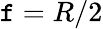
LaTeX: \mathtt{f}=R/2